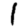
Digit: 1